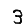
Digit: 3